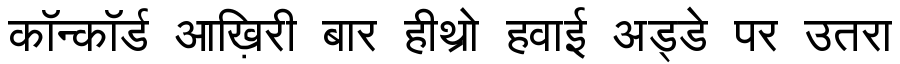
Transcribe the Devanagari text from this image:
कॉन्कॉर्ड आख़िरी बार हीथ्रो हवाई अड्डे पर उतरा